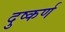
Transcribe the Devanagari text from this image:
दुष्कर्ण